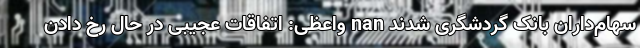
سهام‌داران بانک گردشگری شدند nan واعظی: اتفاقات عجیبی در حال رخ دادن